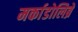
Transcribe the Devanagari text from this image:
मर्काडोलिब्रे